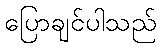
ပြောချင်ပါသည်